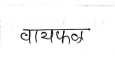
मजकूर: वायफळ